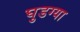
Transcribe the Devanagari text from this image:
घुडग्या